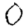
Digit: 0